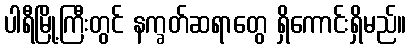
ပါရီမြို့ကြီးတွင် နက္ခတ်ဆရာတွေ ရှိကောင်းရှိမည်။